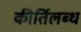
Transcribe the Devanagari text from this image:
कीर्तिलब्ध